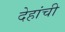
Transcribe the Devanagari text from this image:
देहांची